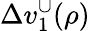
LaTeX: \Delta v_{1}^{\cup}(\rho)